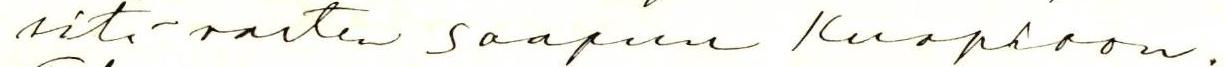
sitä varten saapuu Kuopioon.